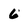
Character: 6